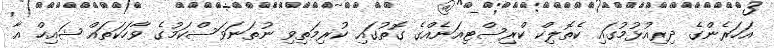
އަހަރެންގެ ދިރިއުޅުމުގައި ކެތޮލިކް ކްރިސްޓިއަނެއްގެ ގޮތުގައި ކުރިމަތިވި ނުތަނަވަސްކަމުގެ ވާހަކަތައް ޝައިހް އާ